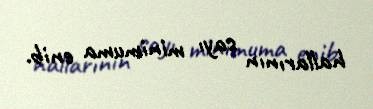
hallarının sayı minimuma enib.